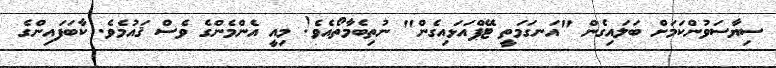
ސިޔާސަވުންކަމަށް ބަލައިގެން "އަނގަމަތީ ޓޭޕްއަޅައިގެން" ނުތިބެމާތޯއެވެ! މިއީ އެންމެންގެ ވެސް ޤައުމެވެ. ކާބަފައިންގެ